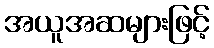
အယူအဆများဖြင့်